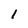
Character: 1